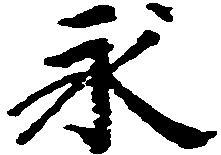
永